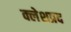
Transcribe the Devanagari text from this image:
क्लेशप्रद